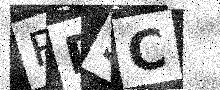
Text: RDSC